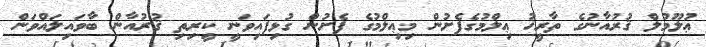
ޢުލޫމުލް ޤުރުއާނުގެ ތާރީޚު ޢިލްމުގެފެށުން މިޢިލްމުގެ ފެށުން ގުޅިފައިވަނީ ކީރިތި ޤުރުއާން ބާވައިލައްވަން